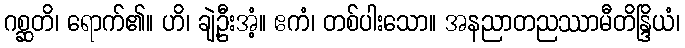
ဂစ္ဆတိ၊ ရောက်၏။ ဟိ၊ ချဲ့ဦးအံ့။ ဧကံ၊ တစ်ပါးသော။ အနညာတညဿာမီတိန္ဒြိယံ၊